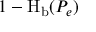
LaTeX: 1 - \operatorname { H } _ { \mathrm { b } } ( P _ { e } )